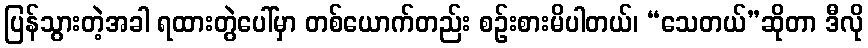
ပြန်သွားတဲ့အခါ ရထားတွဲပေါ်မှာ တစ်ယောက်တည်း စဉ်းစားမိပါတယ်၊ “သေတယ်”ဆိုတာ ဒီလို